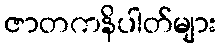
ဇာတကနိပါတ်များ